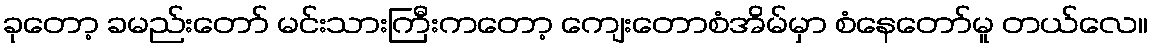
ခုတော့ ခမည်းတော် မင်းသားကြီးကတော့ ကျေးတောစံအိမ်မှာ စံနေတော်မူ တယ်လေ။